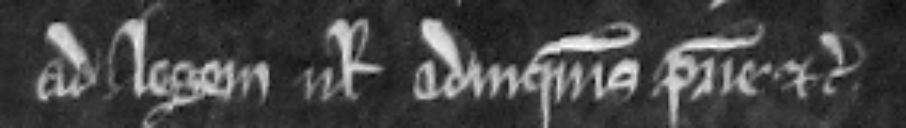
ad legem vel ad inquisicionem patrie. etc.